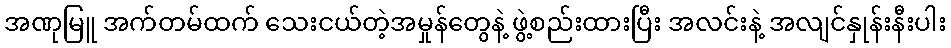
အဏုမြူ အက်တမ်ထက် သေးငယ်တဲ့အမှုန်တွေနဲ့ ဖွဲ့စည်းထားပြီး အလင်းနဲ့ အလျင်နှုန်းနီးပါး